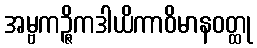
အမ္ဗကဉ္ဇိကဒါယိကာဝိမာနဝတ္ထု